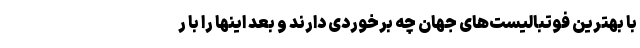
با بهترین فوتبالیست‌های جهان چه برخوردی دارند و بعد اینها را با ر